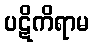
ပဋိကိရာမ